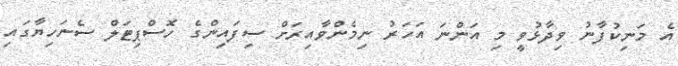
އެ މަނިކުފާނު ވިދާޅުވީ މި އަންނަ އަހަރު ނިމެންވާއިރަށް ސިފައިންގެ ހޮސްޕިޓަލް ސެނަހިޔާގައި